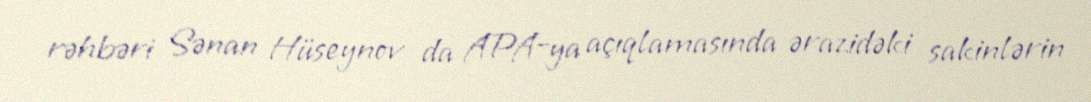
rəhbəri Sənan Hüseynov da APA-ya açıqlamasında ərazidəki sakinlərin